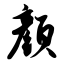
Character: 颜